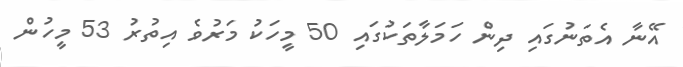
އޭނާ އެތަނުގައި ދިން ހަމަލާތަކުގައި 50 މީހަކު މަރުވެ އިތުރު 53 މީހުން